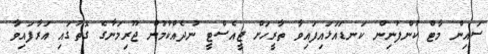
ސައިން މާޓް ކުންފުނިން ކަނޑައަޅައިފައިވާ ތާރީހަށް ޖީއެސްޓީ ނުދެއްކުމުން ޖޫރިމަނާގެ ގޮތުގައި އަރާފައިވާ